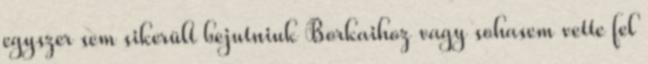
egyszer sem sikerült bejutniuk Borkaihoz vagy sohasem vette fel